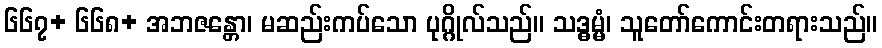
၆၆၇+ ၆၆၈+ အဘဇန္တော၊ မဆည်းကပ်သော ပုဂ္ဂိုလ်သည်။ သဒ္ဓမ္မံ၊ သူတော်ကောင်းတရားသည်။